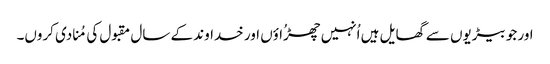
اور جو بیڑیوں سے گھایل ہیں اُنہیں چھڑُاؤں اور خداوند کے سال مقبول کی مُنادی کروں۔